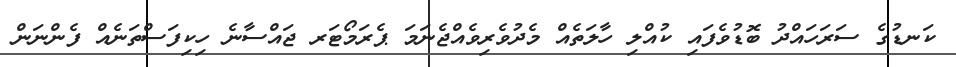
ކަނޑުގެ ސަރަހައްދު ބޮޑުވެފައި ކުއްލި ހާލަތެއް މެދުވެރިވެއްޖެނަމަ ޕެރަމޯޓަރ ޖައްސާނެ ހިކިފަސްތަނެއް ފެންނަން